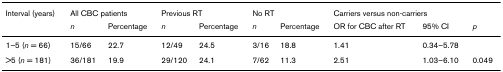
| Interval (years) | <COLSPAN=2> All CBC patients | <COLSPAN=2> Previous RT | <COLSPAN=2> No RT | <COLSPAN=3> Carriers versus non-carriers |
 |  | n | Percentage | n | Percentage | n | Percentage | OR for CBC after RT | 95% CI | p |
 | --- | --- | --- | --- | --- | --- | --- | --- | --- | --- |
 | 1–5 (n = 66) | 15/66 | 22.7 | 12/49 | 24.5 | 3/16 | 18.8 | 1.41 | 0.34–5.78 |  |
 | >5 (n = 181) | 36/181 | 19.9 | 29/120 | 24.1 | 7/62 | 11.3 | 2.51 | 1.03–6.10 | 0.049 |